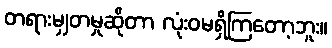
တရားမျှတမှုဆိုတာ လုံးဝမရှိကြတော့ဘူး။